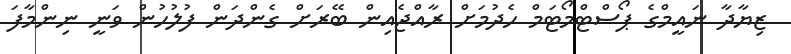
ޒިޔާދާ ނައީމްގެ ޕޯސްޓްމޯޓަމް ހެދުމަށް ރާއްޖެއިން ބޭރަށް ގެންދަން ފުލުހުން ވަނީ ނިންމާފަ